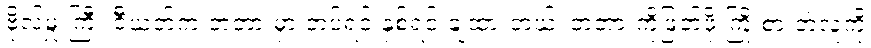
ဗိုလ်မှူးကြီး ဇီယတ်က တံတားမှာ တပ်ရင်းနှစ်ရင်းချထားတယ်၊ တံတားကိုဖြတ်ဖို့ ကြိုးစားတဲ့လူကို